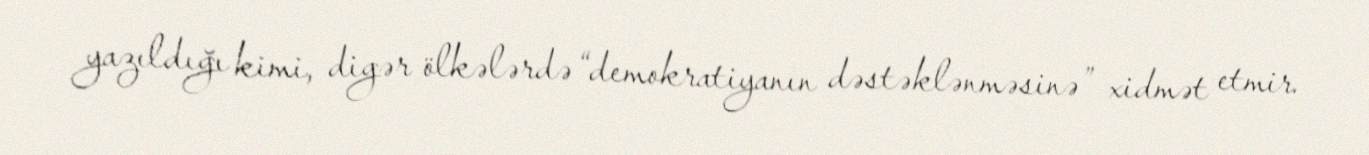
yazıldığı kimi, digər ölkələrdə “demokratiyanın dəstəklənməsinə” xidmət etmir.